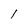
Character: 1